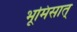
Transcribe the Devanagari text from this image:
भूमिसात्